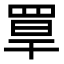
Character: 𦋁